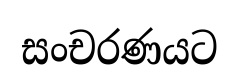
සංචරණයට